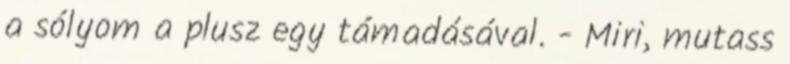
a sólyom a plusz egy támadásával. - Miri, mutass